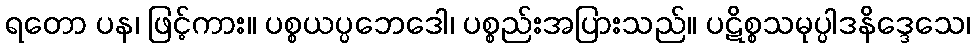
ရတော ပန၊ ဖြင့်ကား။ ပစ္စယပ္ပဘေဒေါ၊ ပစ္စည်းအပြားသည်။ ပဋိစ္စသမုပ္ပါဒနိဒ္ဒေသေ၊